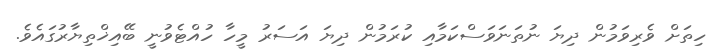
ހިތަށް ވެރިވަމުން ދިޔަ ނުތަނަވަސްކަމާއި ކުރަމުން ދިޔަ އަސަރު މީހާ ހުއްޓެވުނީ ބޭއިޚްތިޔާރުގައެވެ.